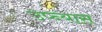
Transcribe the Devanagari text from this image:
उप्न्यास